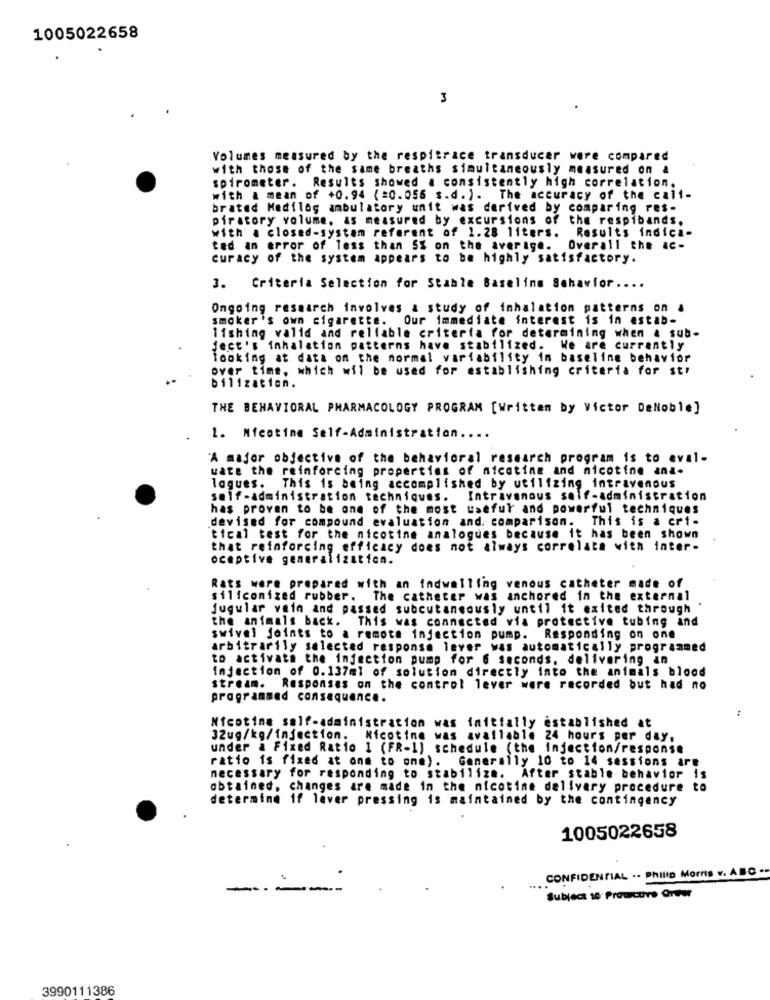
1005022658
3
Volumes measured by the respitrace transducer were compared
with those of the same breaths simultaneously measured on a
spirometer. Results showed a consistently high correlation.
with a mean of +0.94 (=0.056 s.d. ). The accuracy of the call-
brated Medilog ambulatory unit was derived by comparing res-
piratory volume, as measured by excursions of the respibands.
with a closed-system referent of 1.28 liters. Results indica-
ted an error of less than SX on the average. Overall the ac-
curacy of the system appears to be highly satisfactory.
3. Criteria Selection for Stable Baseline Schavior ....
Ongoing research involves & study of inhalation patterns on a
smoker's own cigarette. Our immediate interest is in estab-
1ishing valid and reliable criteria for determining when & sub-
Ject's inhalation patterns have stabilized. We are currently
looking at data on the normal variability im baseline behavior
over time, which wil be used for establishing criteria for st.
bilization.
THE BEHAVIORAL PHARMACOLOGY PROGRAM [Written by Victor DeNoble]
1. Nicotine Self-Administration ....
"A major objective of the behavioral research program is to eval-
wate the reinforcing properties of atcatine and nicotine ana-
lagues. This is being accomplished by utilizing intravenous
self-administration techniques. Intravenous self-administration
has proven to be one of the most useful and powerful techniques
devised for compound evaluation and. comparison. This is a cri-
tical test for the nicotine analogues because it has been shown
that reinforcing efficacy does not always correlate with inter-
ocaptive generalization.
Rats were prepared with an indwelling venous catheter made of
siliconized rubber. The catheter was anchored in the external
jugular vain and passed subcutaneously until it exited through
the animals back. This was connected via protective tubing and
swivel joints to a remote injection pump. Responding on one
arbitrarily selected response lever was automatically programmed
to activate the injection pump for 6 seconds. delivering an
injection of 0.137ml of solution directly into the animals blood
stream. Responses on the control lever were recorded but had no
programmed consequence.
Nicotine salf-administration was initially established at
32ug/kg/injection. Nicotine was available 24 hours per day.
under a Fixed Ratio 1 (FR-1) schedule (the Injection/response
ratio is fixed at one to one). Generally 10 to 14 sessions are
necessary for responding to stabilize. After stable behavior is
obtained, changes are made in the nicotine delivery procedure to
determine if laver pressing is maintained by the contingency
1005022658
CONFIDENTIAL .. Philip Morris v. ABC -
--
Subject 10 Prowctive Greer
3990111386